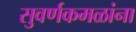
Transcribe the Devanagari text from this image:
सुवर्णकमळांना